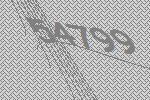
54799